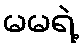
မမရဲ့